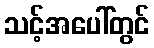
သင့်အပေါ်တွင်